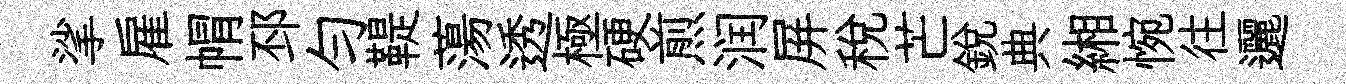
挲雇㡌邳匀鞮蕩透極硬煎润屏税芒銳典緗惋往邐